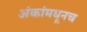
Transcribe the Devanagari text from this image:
अंकांमधूनच